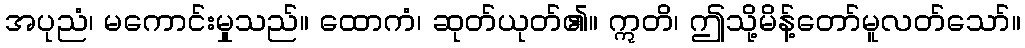
အပုညံ၊ မကောင်းမှုသည်။ ထောကံ၊ ဆုတ်ယုတ်၏။ ဣတိ၊ ဤသို့မိန့်တော်မူလတ်သော်။